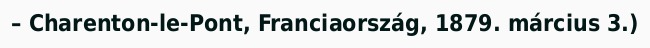
– Charenton-le-Pont, Franciaország, 1879. március 3.)